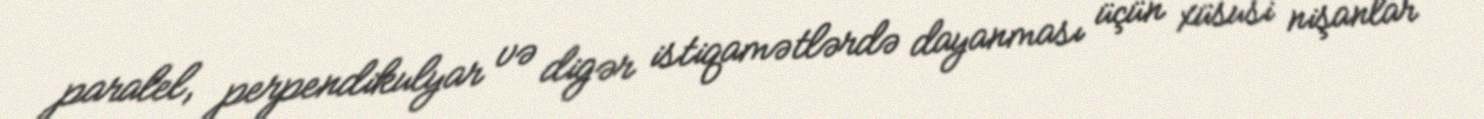
paralel, perpendikulyar və digər istiqamətlərdə dayanması üçün xüsusi nişanlar